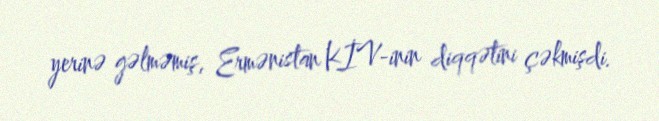
yerinə gəlməmiş, Ermənistan KİV-inin diqqətini çəkmişdi.